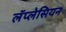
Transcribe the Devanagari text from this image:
लॅप्लेसियन